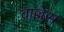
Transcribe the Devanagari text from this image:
वाल्लेस